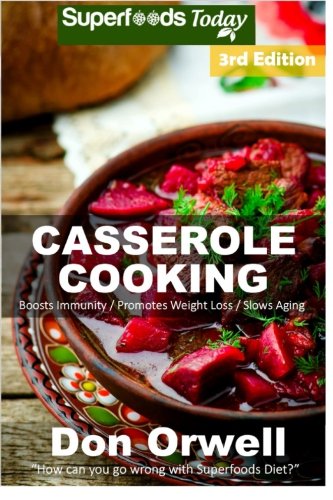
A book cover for Casserole Cooking: Third Edition : 80 + Casserole Meals, Casseroles For Breakfast, Casserole Cookbook, Casseroles Quick And Easy, Heart Healthy Diet, ... quick and easy) (Volume 100); Don Orwell; Cookbooks, Food & Wine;